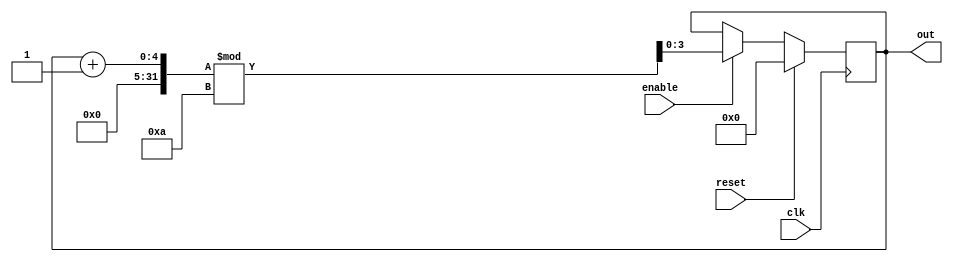
// Code your design here
module counter10    (out     , enable  ,  clk     ,  reset);
  output [3:0] out;
  input enable, clk, reset;
  reg [3:0] out;
  always @(posedge clk)
    if (reset) 
      begin
        out <= 4'b0 ;
      end 
  else if (enable)
    begin
      out <= (out + 1)%10;
      end
endmodule